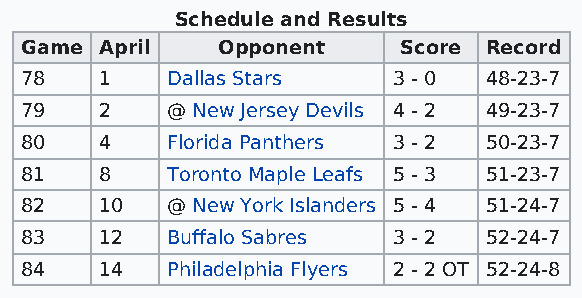
Schedule and Results
 Game  April  Opponent    Score Record
 78    1   Dallas Stars   3 - 0 48-23-7
 79    2   @ New Jersey Devils 4 - 2 49-23-7
 80    4   Florida Panthers 3 - 2 50-23-7
 81    8   Toronto Maple Leafs 5 - 3 51-23-7
 82    10  @ New York Islanders 5 - 4 51-24-7
 83    12  Buffalo Sabres 3 - 2 52-24-7
 84    14  Philadelphia Flyers 2 - 2 OT 52-24-8